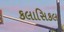
કલાસિકલ